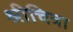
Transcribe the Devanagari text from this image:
श्रीचित्रा